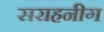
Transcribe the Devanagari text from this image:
सराहनीग